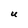
Character: U